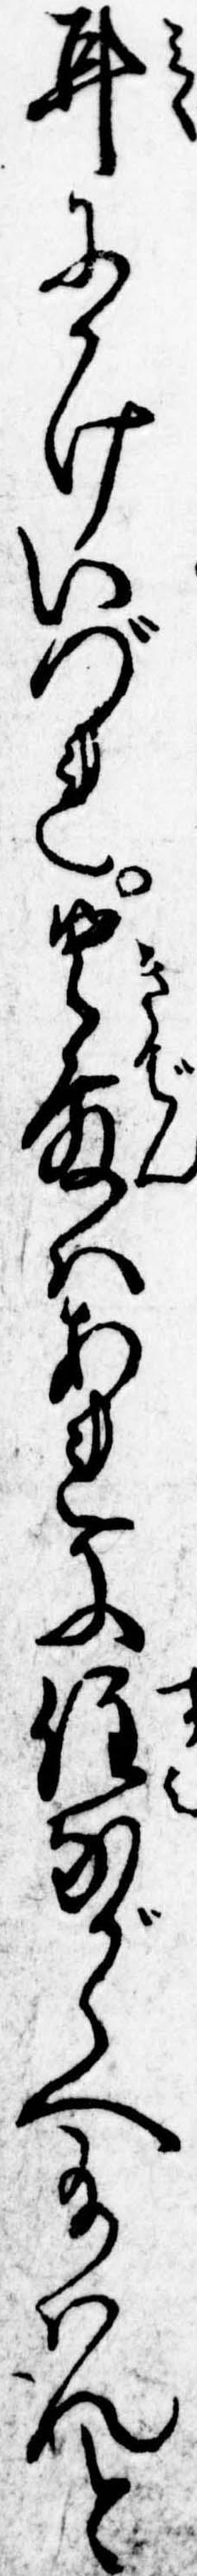
耳にかけいづれ貴殿はあれに住ながらへ給はんと